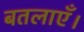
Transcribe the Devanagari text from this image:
बतलाएँ।